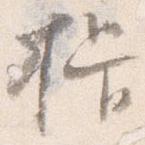
揖